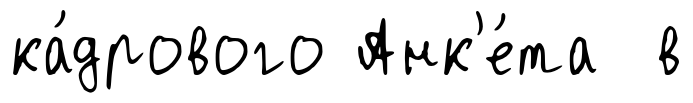
ка́дрового Анк'е́та в